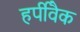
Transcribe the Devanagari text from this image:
हर्पीवैक